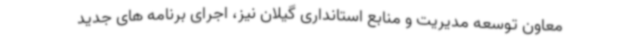
معاون توسعه مدیریت و منابع استانداری گیلان نیز، اجرای برنامه های جدید